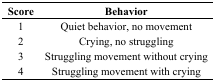
<table><thead><tr><td><b>Score</b></td><td><b>Behavior</b></td></tr></thead><tbody><tr><td>1</td><td>Quiet behavior, no movement</td></tr><tr><td>2</td><td>Crying, no struggling</td></tr><tr><td>3</td><td>Struggling movement without crying</td></tr><tr><td>4</td><td>Struggling movement with crying</td></tr></tbody></table>